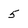
Character: 5